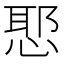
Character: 𭝤